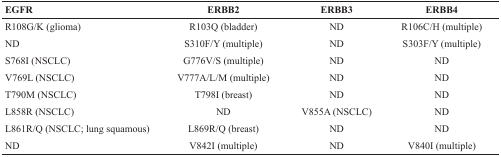
<table><thead><tr><td><b>EGFR</b></td><td><b>ERBB2</b></td><td><b>ERBB3</b></td><td><b>ERBB4</b></td></tr></thead><tbody><tr><td>R108G/K (glioma)</td><td>R103Q (bladder)</td><td>ND</td><td>R106C/H (multiple)</td></tr><tr><td>ND</td><td>S310F/Y (multiple)</td><td>ND</td><td>S303F/Y (multiple)</td></tr><tr><td>S768I (NSCLC)</td><td>G776V/S (multiple)</td><td>ND</td><td>ND</td></tr><tr><td>V769L (NSCLC)</td><td>V777A/L/M (multiple)</td><td>ND</td><td>ND</td></tr><tr><td>T790M (NSCLC)</td><td>T798I (breast)</td><td>ND</td><td>ND</td></tr><tr><td>L858R (NSCLC)</td><td>ND</td><td>V855A (NSCLC)</td><td>ND</td></tr><tr><td>L861R/Q (NSCLC; lung squamous)</td><td>L869R/Q (breast)</td><td>ND</td><td>ND</td></tr><tr><td>ND</td><td>V842I (multiple)</td><td>ND</td><td>V840I (multiple)</td></tr></tbody></table>